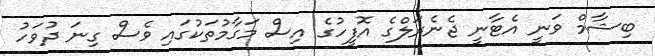
ބިޝާމް ވަނީ އެޓާނީ ޖެނެރަލްގެ އޮފީހުގެ އިސް މަގާމުތަކުގައި ވެސް ގިނަ ދުވަހު